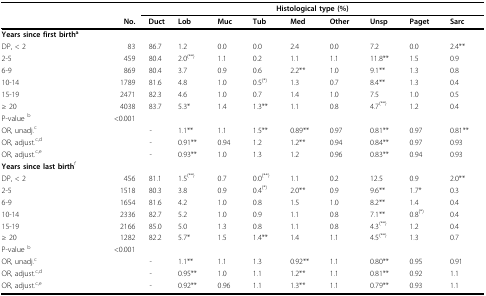
<table><thead><tr><td></td><td></td><td colspan="9"><b>Histological type (%)</b></td></tr><tr><td></td><td><b>No.</b></td><td><b>Duct</b></td><td><b>Lob</b></td><td><b>Muc</b></td><td><b>Tub</b></td><td><b>Med</b></td><td><b>Other</b></td><td><b>Unsp</b></td><td><b>Paget</b></td><td><b>Sarc</b></td></tr></thead><tbody><tr><td><b>Years since first birth</b><sup>a</sup></td><td></td><td></td><td></td><td></td><td></td><td></td><td></td><td></td><td></td><td></td></tr><tr><td>DP, &lt; 2</td><td>83</td><td>86.7</td><td>1.2</td><td>0.0</td><td>0.0</td><td>2.4</td><td>0.0</td><td>7.2</td><td>0.0</td><td>2.4**</td></tr><tr><td>2-5</td><td>459</td><td>80.4</td><td>2.0<sup>(**)</sup></td><td>1.1</td><td>0.2</td><td>1.1</td><td>1.1</td><td>11.8**</td><td>1.5</td><td>0.9</td></tr><tr><td>6-9</td><td>869</td><td>80.4</td><td>3.7</td><td>0.9</td><td>0.6</td><td>2.2**</td><td>1.0</td><td>9.1**</td><td>1.3</td><td>0.8</td></tr><tr><td>10-14</td><td>1789</td><td>81.6</td><td>4.8</td><td>1.0</td><td>0.5<sup>(*)</sup></td><td>1.3</td><td>0.7</td><td>8.4**</td><td>1.3</td><td>0.4</td></tr><tr><td>15-19</td><td>2471</td><td>82.3</td><td>4.6</td><td>1.0</td><td>0.7</td><td>1.4</td><td>1.0</td><td>7.5</td><td>1.0</td><td>0.5</td></tr><tr><td>≥ 20</td><td>4038</td><td>83.7</td><td>5.3*</td><td>1.4</td><td>1.3**</td><td>1.1</td><td>0.8</td><td>4.7<sup>(**)</sup></td><td>1.2</td><td>0.4</td></tr><tr><td>P-value <sup>b</sup></td><td>&lt;0.001</td><td></td><td></td><td></td><td></td><td></td><td></td><td></td><td></td><td></td></tr><tr><td>OR, unadj.<sup>c</sup></td><td></td><td>-</td><td>1.1**</td><td>1.1</td><td>1.5**</td><td>0.89**</td><td>0.97</td><td>0.81**</td><td>0.97</td><td>0.81**</td></tr><tr><td>OR, adjust.<sup>c,d</sup></td><td></td><td>-</td><td>0.91**</td><td>0.94</td><td>1.2</td><td>1.2**</td><td>0.94</td><td>0.84**</td><td>0.97</td><td>0.93</td></tr><tr><td>OR, adjust.<sup>c,e</sup></td><td></td><td>-</td><td>0.93**</td><td>1.0</td><td>1.3</td><td>1.2</td><td>0.96</td><td>0.83**</td><td>0.94</td><td>0.93</td></tr><tr><td><b>Years since last birth</b><sup>f</sup></td><td></td><td></td><td></td><td></td><td></td><td></td><td></td><td></td><td></td><td></td></tr><tr><td>DP, &lt; 2</td><td>456</td><td>81.1</td><td>1.5<sup>(**)</sup></td><td>0.7</td><td>0.0<sup>(**)</sup></td><td>1.1</td><td>0.2</td><td>12.5</td><td>0.9</td><td>2.0**</td></tr><tr><td>2-5</td><td>1518</td><td>80.3</td><td>3.8</td><td>0.9</td><td>0.4<sup>(*)</sup></td><td>2.0**</td><td>0.9</td><td>9.6**</td><td>1.7*</td><td>0.3</td></tr><tr><td>6-9</td><td>1654</td><td>81.6</td><td>4.2</td><td>1.0</td><td>0.8</td><td>1.5</td><td>1.0</td><td>8.2**</td><td>1.4</td><td>0.4</td></tr><tr><td>10-14</td><td>2336</td><td>82.7</td><td>5.2</td><td>1.0</td><td>0.9</td><td>1.1</td><td>0.8</td><td>7.1**</td><td>0.8<sup>(*)</sup></td><td>0.4</td></tr><tr><td>15-19</td><td>2166</td><td>85.0</td><td>5.0</td><td>1.3</td><td>0.8</td><td>1.1</td><td>0.8</td><td>4.3<sup>(**)</sup></td><td>1.2</td><td>0.4</td></tr><tr><td>≥ 20</td><td>1282</td><td>82.2</td><td>5.7*</td><td>1.5</td><td>1.4**</td><td>1.4</td><td>1.1</td><td>4.5<sup>(**)</sup></td><td>1.3</td><td>0.7</td></tr><tr><td>P-value <sup>b</sup></td><td>&lt;0.001</td><td></td><td></td><td></td><td></td><td></td><td></td><td></td><td></td><td></td></tr><tr><td>OR, unadj.<sup>c</sup></td><td></td><td>-</td><td>1.1**</td><td>1.1</td><td>1.3</td><td>0.92**</td><td>1.1</td><td>0.80**</td><td>0.95</td><td>0.91</td></tr><tr><td>OR, adjust.<sup>c,d</sup></td><td></td><td>-</td><td>0.95**</td><td>1.0</td><td>1.1</td><td>1.2**</td><td>1.1</td><td>0.81**</td><td>0.92</td><td>1.1</td></tr><tr><td>OR, adjust.<sup>c,e</sup></td><td></td><td>-</td><td>0.92**</td><td>0.96</td><td>1.1</td><td>1.3**</td><td>1.1</td><td>0.79**</td><td>0.93</td><td>1.1</td></tr></tbody></table>